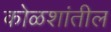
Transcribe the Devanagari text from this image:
कोळशांतील